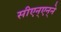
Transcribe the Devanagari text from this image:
सीएन्‌एन्‌ने